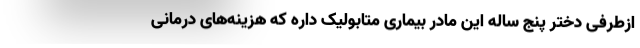
ازطرفی دختر پنج ساله این مادر بیماری متابولیک داره که هزینه‌های درمانی